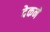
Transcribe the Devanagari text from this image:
देकने